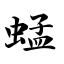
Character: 蜢